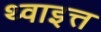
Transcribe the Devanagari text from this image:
थ्वाइत्त